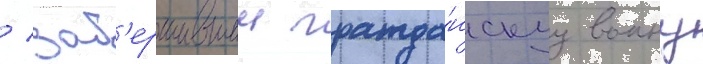
/ зав'ершившии гражда́нскуу воину